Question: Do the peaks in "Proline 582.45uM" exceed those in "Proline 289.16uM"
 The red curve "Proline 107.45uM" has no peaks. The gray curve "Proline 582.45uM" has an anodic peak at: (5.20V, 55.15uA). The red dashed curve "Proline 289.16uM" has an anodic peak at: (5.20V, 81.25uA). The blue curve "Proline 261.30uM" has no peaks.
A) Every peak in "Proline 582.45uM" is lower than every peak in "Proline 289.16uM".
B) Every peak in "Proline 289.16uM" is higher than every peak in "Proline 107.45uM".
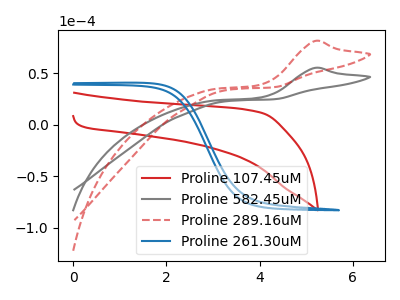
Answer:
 <answer>A) Every peak in "Proline 582.45uM" is lower than every peak in "Proline 289.16uM".</answer>
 <eval>A</eval>